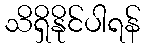
သိရှိနိုင်ပါရန်